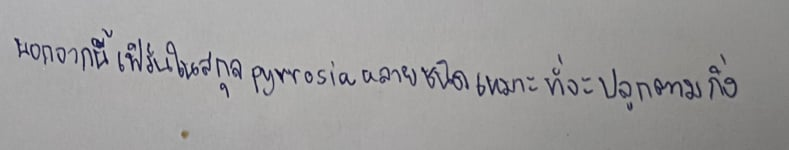
นอกจากนี้เฟิร์นในสกุลPyrrosiaหลายชนิดเหมาะที่จะปลูกตามกิ่ง